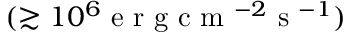
( \gtrsim 1 0 ^ { 6 } \mathrm { ~ e ~ r ~ g ~ c ~ m ~ } ^ { - 2 } \mathrm { ~ s ~ } ^ { - 1 } )